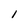
Character: l